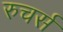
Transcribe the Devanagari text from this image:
रुचर्स